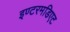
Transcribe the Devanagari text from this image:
इण्टरमडिएट